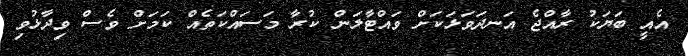
އެއީ ބަޔަކު ރާއްޖެ އަނދަވަޅަކަށް ވައްޓާލަން ކުރާ މަސައްކަތެއް ކަމަށް ވެސް ވިދާޅުވި